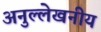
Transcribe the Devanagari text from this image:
अनुल्लेखनीय